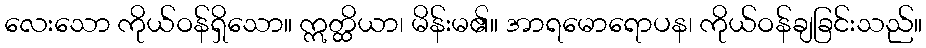
လေးသော ကိုယ်ဝန်ရှိသော။ ဣတ္ထိယာ၊ မိန်းမ၏။ အာရမောရောပန၊ ကိုယ်ဝန်ချခြင်းသည်။